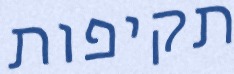
תקיפות